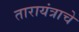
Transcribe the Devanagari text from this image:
तारायंत्राचे